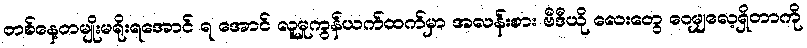
တစ်နေ့တမျိုးမရိုးရအောင် ရ အောင် လူမှုကွန်ယက်ထက်မှာ အလန်းစား ဗီဒီယို လေးတွေ ဝေမျှလေ့ရှိတာကို